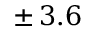
\pm \, 3 . 6